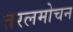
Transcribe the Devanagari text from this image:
तरलमोचन